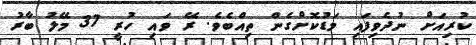
ކުރިއަށް ނުދެވިފައި މަޑުކޮށްގެން ތިއްބެވެ. ރޭ ވައި ހުރީ 37 މޭލު ބާރު